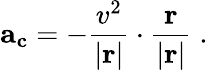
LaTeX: \mathbf{a_{c}}=-{\frac{v^{2}}{|\mathbf{r}|}}\cdot{\frac{\mathbf{r}}{|\mathbf{r}|}}\; .